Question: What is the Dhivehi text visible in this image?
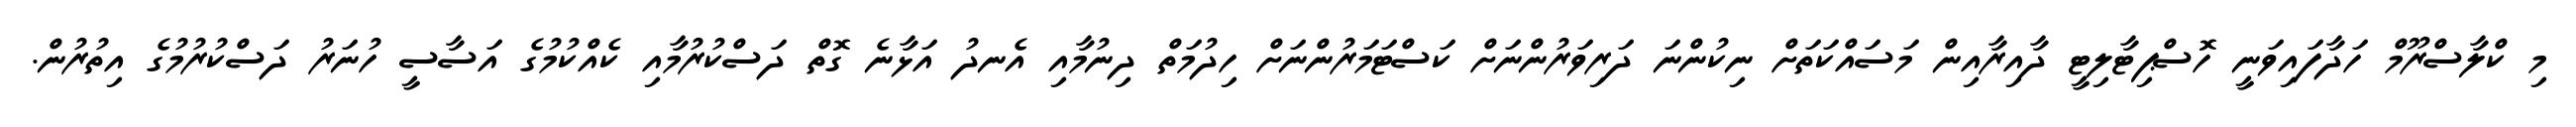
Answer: މި ކްލާސްރޫމް ހަދާފައިވަނީ ހޮސްޕިޓާލިޓީ ދާއިރާއިން މަސައްކަތަށް ނިކުންނަ ދަރިވަރުންނަށް ކަސްޓަމަރުންނަށް ހިދުމަތް ދިނުމާއި އެނދު އަޅާނެ ގޮތް ދަސްކުރުމާއި ކެއްކުމުގެ އަސާސީ ހުނަރު ދަސްކުރުމުގެ އިތުރުން.